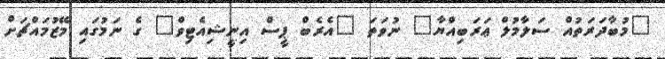
"މުބާދަރަތުއް ސަލާމުލް ޢަރަބިއްޔާ" ނުވަތަ "އެރެބް ޕީސް އިނީޝިއެޓިވް" ގެ ނަމުގައި މޭޒުމައްޗަށް